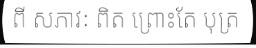
ពី សភាវៈ ពិត ព្រោះតែ បុត្រ